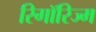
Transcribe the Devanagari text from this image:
रिगॉरिज्म